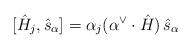
LaTeX: \begin{align*}[\hat{H}_{j},\hat{s}_{\alpha}] = \alpha_{j} (\alpha^{\vee}\cdot\hat{H})\thinspace\hat{s}_{\alpha} \end{align*}